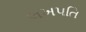
લખપતિ